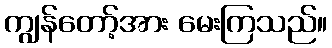
ကျွန်တော့်အား မေးကြသည်။